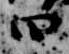
曰